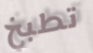
تطبخ